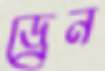
ড্রেন